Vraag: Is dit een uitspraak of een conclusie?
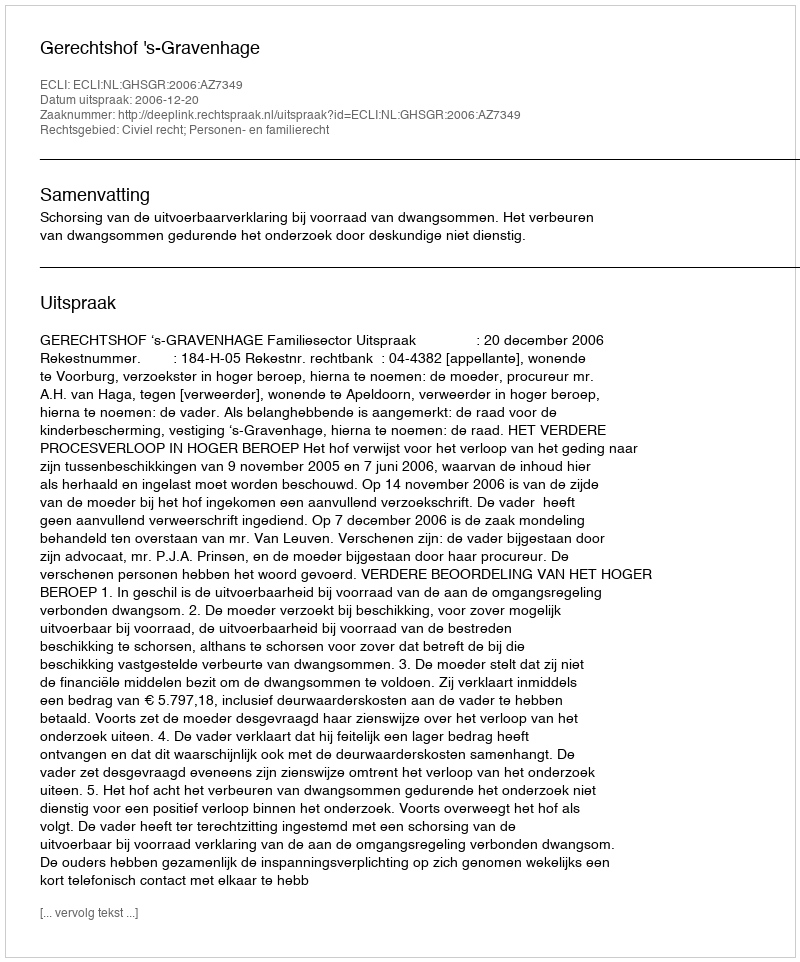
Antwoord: Uitspraak